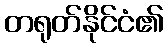
တရုတ်နိုင်ငံ၏